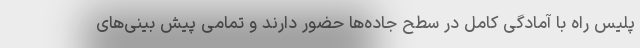
پلیس راه با آمادگی کامل در سطح جاده‌ها حضور دارند و تمامی پیش بینی‌های